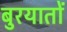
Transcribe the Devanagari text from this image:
बुरयातों